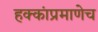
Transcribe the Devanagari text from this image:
हक्कांप्रमाणेच